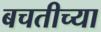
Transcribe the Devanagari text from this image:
बचतीच्या